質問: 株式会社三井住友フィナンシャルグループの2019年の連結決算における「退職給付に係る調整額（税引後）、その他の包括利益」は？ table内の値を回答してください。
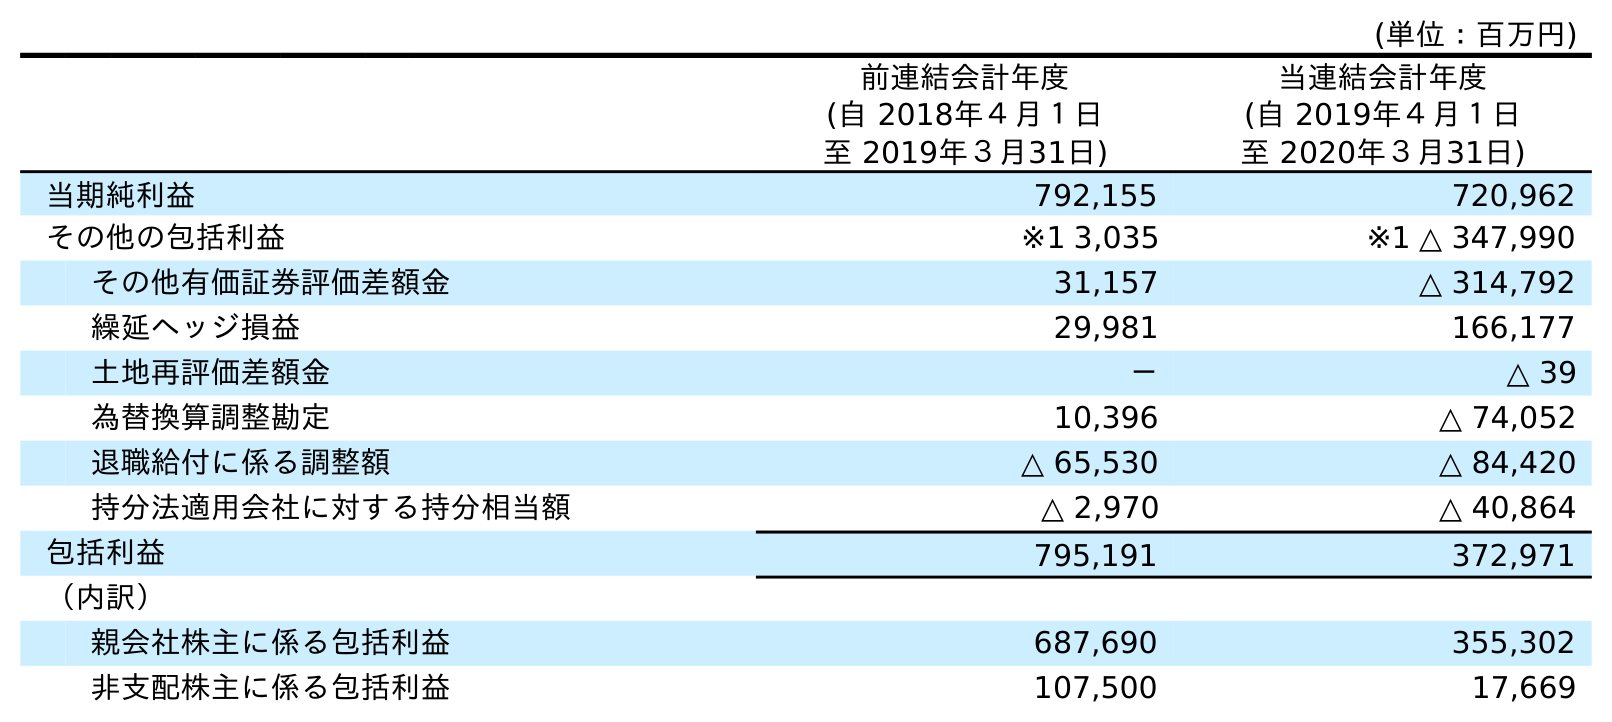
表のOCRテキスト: (単位：百万円) 前連結会計年度 (自 2018年４月１日 至 2019年３月31日) 当連結会計年度 (自 2019年４月１日 至 2020年３月31日) 当期純利益 792,155 720,962 その他の包括利益 ※1 3,035 ※1 △ 347,990 その他有価証券評価差額金 31,157 △ 314,792 繰延ヘッジ損益 29,981 166,177 土地再評価差額金 － △ 39 為替換算調整勘定 10,396 △ 74,052 退職給付に係る調整額 △ 65,530 △ 84,420 持分法適用会社に対する持分相当額 △ 2,970 △ 40,864 包括利益 795,191 372,971 （内訳） 親会社株主に係る包括利益 687,690 355,302 非支配株主に係る包括利益 107,500 17,669
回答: △65,530